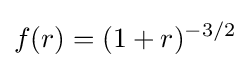
f(r)=(1+r)^{-3/2}